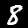
Digit: 8